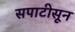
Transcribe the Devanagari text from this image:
सपाटीसून